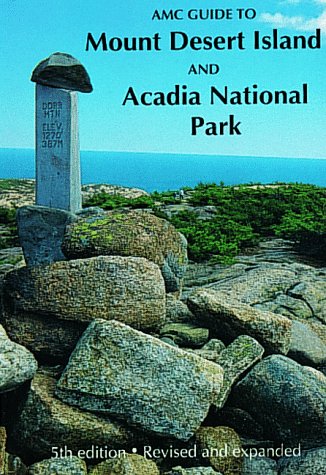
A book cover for Mt. Desert Island & Acadia National Park; Travel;